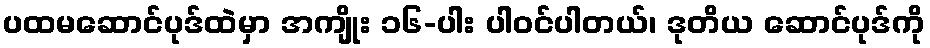
ပထမဆောင်ပုဒ်ထဲမှာ အကျိုး ၁၆-ပါး ပါဝင်ပါတယ်၊ ဒုတိယ ဆောင်ပုဒ်ကို